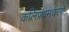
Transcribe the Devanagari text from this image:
कलिप्रथमचरणे